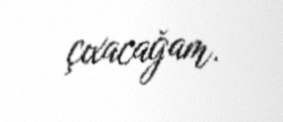
çıxacağam.